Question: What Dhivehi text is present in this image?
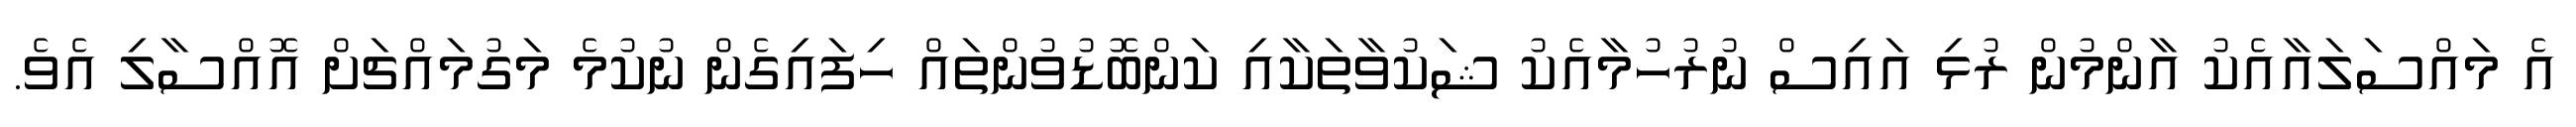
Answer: އެ މައްސަލައާއެކު އާންމުން ރުޅި އައިސް ނުރުހުމާއެކު ޝަކުވާތަކާއި ކަންބޮޑުވުންތައް ހިފައިގެން ނުކުމެ މަގުމައްޗަށް އޮއްސާލި އެވެ.